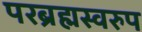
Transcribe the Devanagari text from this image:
परब्रह्मस्वरुप